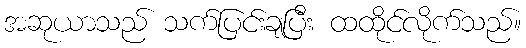
အဆုယာသည် သက်ပြင်းချပြီး ထထိုင်လိုက်သည်။